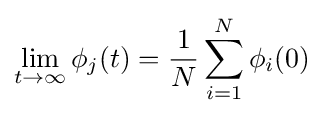
\lim _{t\to \infty }\phi _{j}(t)={\frac {1}{N}}\sum _{i=1}^{N}\phi _{i}(0)